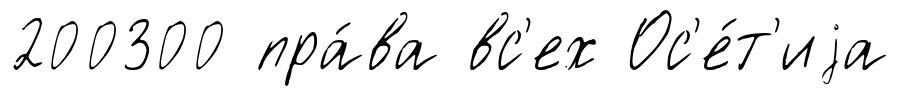
200300 пра́ва вс'ех Ос'е́т'иjа